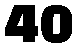
40